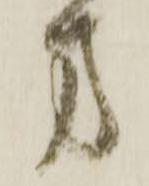
方